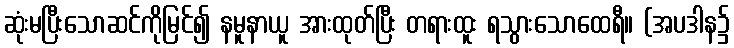
ဆုံးမပြီးသောဆင်ကိုမြင်၍ နမူနာယူ အားထုတ်ပြီး တရားထူး ရသွားသောထေရီ။ (အပဒါန၌